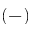
( - )